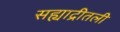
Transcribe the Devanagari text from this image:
सह्याद्रीतली